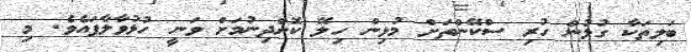
ބަލިތަކާ ގުޅުން ހުރި ސްކޭންތަށް މުޅިން ހިލޭ ކޮށްދިނުމަށް ވަނީ ހުޅުވާލާފައެވެ. މި